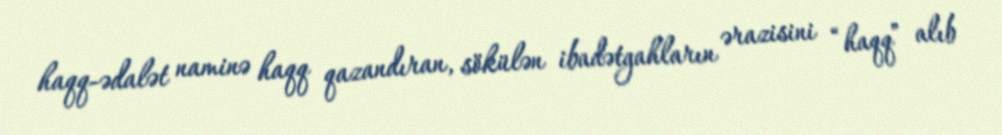
haqq-ədalət naminə haqq qazandıran, sökülən ibadətgahların ərazisini “haqq” alıb